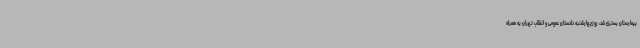
بیمارستان بستری شد، روزچهارشنبه دادستان عمومی و انقلاب تهران به همراه